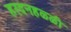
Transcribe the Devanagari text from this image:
हरदनहळ्ळी